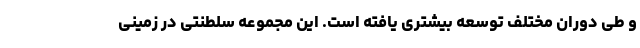
و طی دوران مختلف توسعه بیشتری یافته است. این مجموعه سلطنتی در زمینی